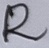
Text: R